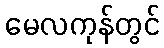
မေလကုန်တွင်